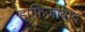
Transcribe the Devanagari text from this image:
हाफिज़ाबाद